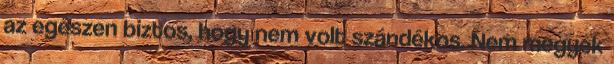
az egészen biztos, hogy nem volt szándékos. Nem megyek